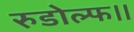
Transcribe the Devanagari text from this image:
रुडोल्फ।।